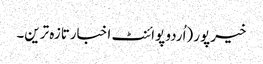
خیرپور (اُردو پوائنٹ اخبارتازہ ترین۔